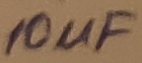
Text: 10uF